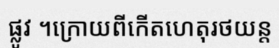
ផ្លូវ ។ក្រោយពីកើតហេតុរថយន្ត